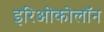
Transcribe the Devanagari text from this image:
इरिओकोलॉन